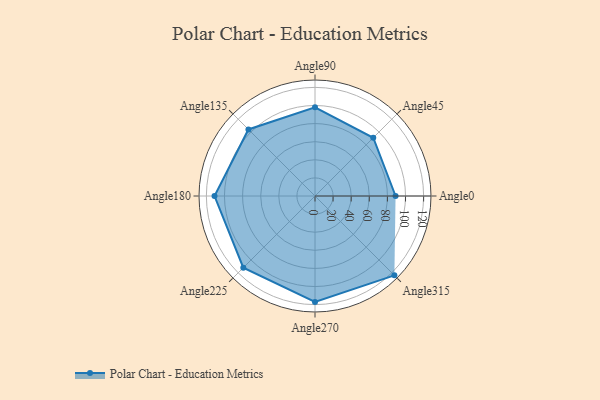
{"axis": {"x": "Angle", "y": "Radius"}, "legend": [""], "data": [{"x": "Angle0", "y": 89.0, "type": ""}, {"x": "Angle45", "y": 91.0, "type": ""}, {"x": "Angle90", "y": 98.0, "type": ""}, {"x": "Angle135", "y": 104.0, "type": ""}, {"x": "Angle180", "y": 111.0, "type": ""}, {"x": "Angle225", "y": 112.0, "type": ""}, {"x": "Angle270", "y": 117.0, "type": ""}, {"x": "Angle315", "y": 124.0, "type": ""}]}